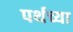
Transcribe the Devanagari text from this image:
पर्थच्या